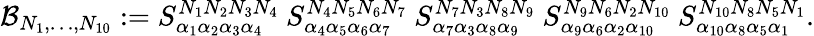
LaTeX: {\cal B}_{N_{1},\ldots,N_{10}}:={S}_{\alpha_{1}\alpha_{2}\alpha_{3}\alpha_{4}}^{N_{1}N_{2}N_{3}N_{4}}\ {S}_{\alpha_{4}\alpha_{5}\alpha_{6}\alpha_{7}}^{N_{4}N_{5}N_{6}N_{7}}\ {S}_{\alpha_{7}\alpha_{3}\alpha_{8}\alpha_{9}}^{N_{7}N_{3}N_{8}N_{9}}\ {S}_{\alpha_{9}\alpha_{6}\alpha_{2}\alpha_{10}}^{N_{9}N_{6}N_{2}N_{10}}\ {S}_{\alpha_{10}\alpha_{8}\alpha_{5}\alpha_{1}}^{N_{10}N_{8}N_{5}N_{1}}.